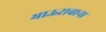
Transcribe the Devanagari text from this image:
भाऊरावाना